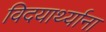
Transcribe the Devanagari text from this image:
विदयार्थ्याना